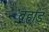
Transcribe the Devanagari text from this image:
बहाड़